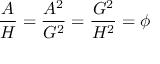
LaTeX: { \frac { A } { H } } = { \frac { A ^ { 2 } } { G ^ { 2 } } } = { \frac { G ^ { 2 } } { H ^ { 2 } } } = \phi